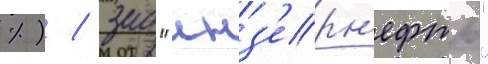
%) / зао "инз'ерн'ефть"